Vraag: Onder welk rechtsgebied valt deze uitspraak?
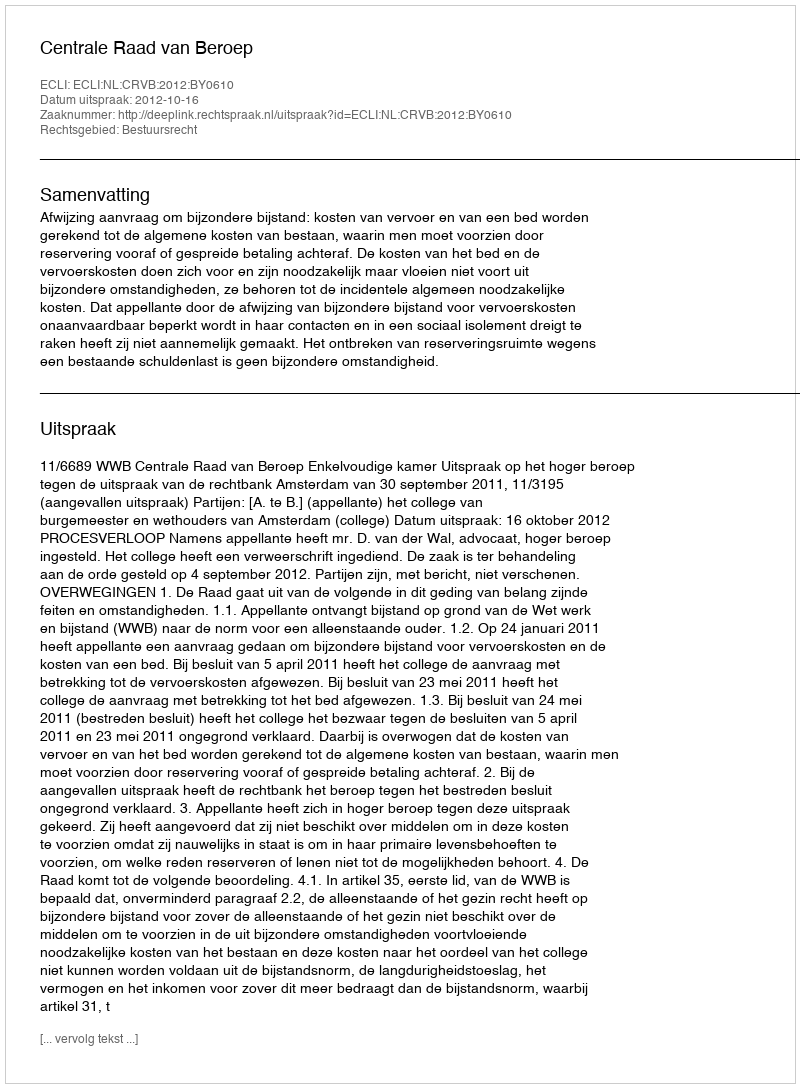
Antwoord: Bestuursrecht